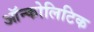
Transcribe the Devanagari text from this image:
ऑन्कोलिटिक